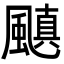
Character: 𮨰